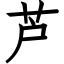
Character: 芦